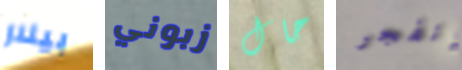
بيلار زبوني حال إنفجر